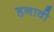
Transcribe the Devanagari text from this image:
हनावी